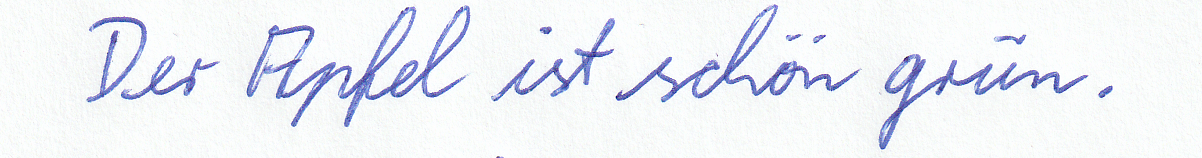
Der Apfel ist schön grün.